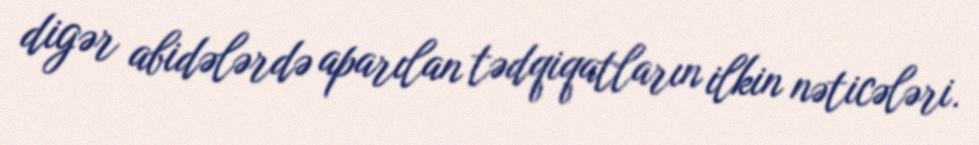
digər abidələrdə aparılan tədqiqatların ilkin nəticələri.